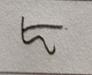
Signature authenticity: forged